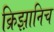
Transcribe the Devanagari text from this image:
क्रिझ़ानिच